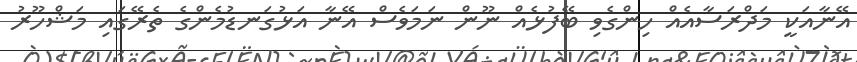
އޭނާއަކީ މަދްރަސާއެއް ހިންގެވި ބޭފުޅެއް ނޫން ނަމަވެސް އޭނާ އަޅުގަނޑުމެންގެ ތެރޭގައި މަޝްހޫރު